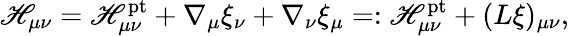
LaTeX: \mathscr{H}_{\mu\nu}=\mathscr{H}_{\mu\nu}^{\mathrm{{pt}}}+\nabla_{\mu}\xi_{\nu}+\nabla_{\nu}\xi_{\mu}=:\mathscr{H}_{\mu\nu}^{\mathrm{{pt}}}+(L\xi)_{\mu\nu},